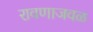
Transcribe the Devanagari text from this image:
रावणाजवळ